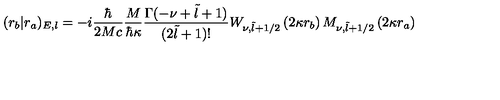
( r _ { b } | r _ { a } ) _ { E , l } = - i \frac { \hbar } { 2 M c } \frac { M } { \hbar \kappa } \frac { \Gamma ( - \nu + \tilde { l } + 1 ) } { ( 2 \tilde { l } + 1 ) ! } W _ { \nu , \tilde { l } + 1 / 2 } \left( 2 \kappa r _ { b } \right) M _ { \nu , \tilde { l } + 1 / 2 } \left( 2 \kappa r _ { a } \right)